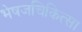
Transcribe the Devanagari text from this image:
भेषजचिकित्सा